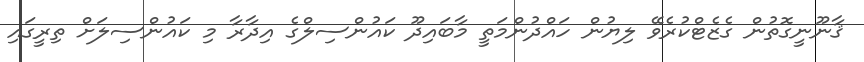
ޤާނޫނީގޮތުން ގެޒެޓްކުރެވޭ ލިޔުން ހައްދުންމަތީ މާބައިދޫ ކައުންސިލްގެ އިދާރާ މި ކައުންސިލަށް ތިރީގައި